Indian journal of veterinary science and animal husbandry - Volume 14,
Year: 1944
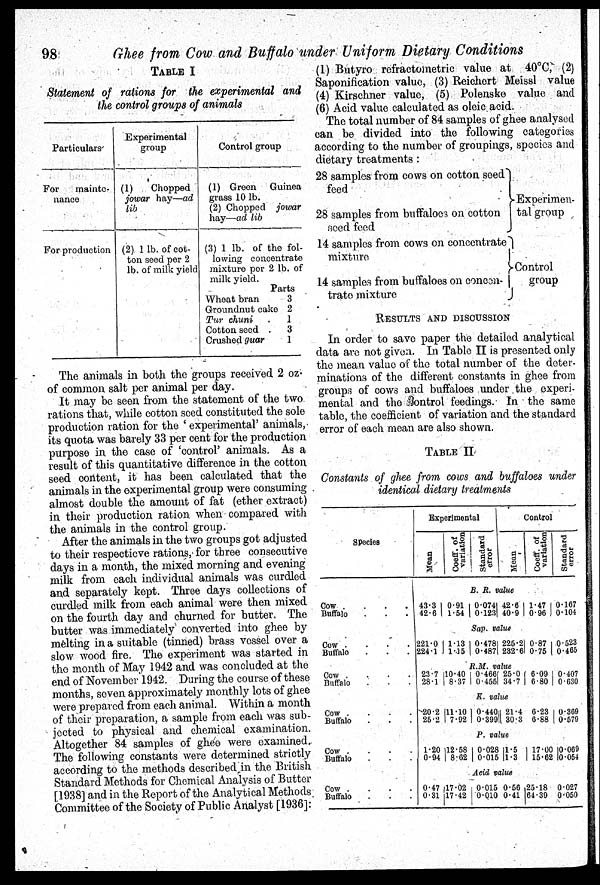
98
Ghee from Cow and Buffalo under Uniform Dietary Conditions
TABLE I
Statement of rations for the experimental and
the control groups of animals
Particulars
For
mainte-
nance
For production
Experimental
group
(1)
Chopped
jowar
hay—ad
lib
(2) 1 lb. of cot-
ton seed per 2
lb. of milk yield
Control group
(1) Green
Guinea
grass 10 lb.
(2) Chopped
jowar
hay—ad lib
(3) 1 lb. of the fol-
lowing concentrate
mixture per 2 lb. of
milk yield.
Parts
Wheat bran
3
Groundnut cake 2
Tur chuni
.
1
Cotton seed .
3
Crushed guar
1
The animals in both the groups received 2 oz.
of common salt per animal per day.
It may be seen from the statement of the two
rations that, while cotton seed constituted the sole
production ration for the ' experimental' animals,
its quota was barely 33 per cent for the production
purpose in the case of 'control' animals. As a
result of this quantitative difference in the cotton
seed content, it has been calculated that the
animals in the experimental group were consuming
almost double the amount of fat (ether extract)
in their production ration when compared with
the animals in the control group.
After the animals in the two groups got adjusted
to their respectieve rations, for three consecutive
days in a month, the mixed morning and evening
milk from each individual animals was curdled
and separately kept. Three days collections of
curdled milk from each animal were then mixed
on the fourth day and churned for butter. The
butter was immediately converted into ghee by
melting in a suitable (tinned) brass vessel over a
slow wood fire. The experiment was started in
the month of May 1942 and was concluded at the
end of November 1942. During the course of these
months, seven approximately monthly lots of ghee
were prepared from each animal. Within a month
of their preparation, a sample from each was sub-
jected to physical and chemical examination.
Altogether 84 samples of ghee were examined.
The following constants were determined strictly
according to the methods described in the British
Standard Methods for Chemical Analysis of Butter
[1938] and in the Report of the Analytical Methods
Committee of the Society of Public Analyst [1936]:
(1) Butyro refractometric value at 40° C, (2)
Saponification value, (3) Reichert Meissl value
(4) Kirschner value, (5) Polenske value and
(6) Acid value calculated as oleic acid.
The total number of 84 samples of ghee analysed
can be divided into the following categories
according to the number of groupings, species and
dietary treatments :
28 samples from cows on cotton seed
feed
28 samples from buffaloes on cotton
seed feed
14 samples from cows on concentrate
mixture
14 samples from buffaloes on concen-
trate mixture
Experimen-
tal group
Control
group
RESULTS AND DISCUSSION
In order to save paper the detailed analytical
data are not given. In Table II is presented only
the mean value of the total number of the deter-
minations of the different constants in ghee from
groups of cows and buffaloes under the experi-
mental and the control feedings. In the same
table, the coefficient of variation and the standard
error of each mean are also shown.
TABLE II
Constants of ghee from cows and buffaloes under
identical dietary treatments
Species
Cow .
.
.
.
Buffalo . . .
Cow .
.
.
.
Buffalo
Cow .
.
.
.
Buffalo . . .
Cow .
.
.
.
Buffalo . . .
Cow .
.
.
.
Buffalo . . .
Cow .
.
.
.
Buffalo . .
Experimental
Mean
Coeff. of
variation
Standard
error
Control
Mean
Coeff. of
variation
Standard
error
B. R. value
43.3
42.6
0.91
1.54
0.074
0.123
42.6
40.9
1.47
0.96
0.167
0.104
Sap. value
221.0
224.1
1.13
1.15
0.478
0.487
225.2
232.61
0.87
0.75
0.523
0.465
R.M. value
23.7
28.1
10.40
8.37
0.466
0.455
25.0
34.7
6.09
6.80
0.407
0.630
K. value
20.2
25.2
11.10
7.92
0.440
0.399
21.4
30.3
6.23
6.88
0.369
0.579
P. value
1.20
0.94
12.58
8.62
0.028
0.015
1.5
1.3
17.00
15.62
0.069
0.054
Acid value
0.47
0.31
17.02
17.42
0.015
0.010
0.56
0.41
25.18
64.39
0.027
0.050